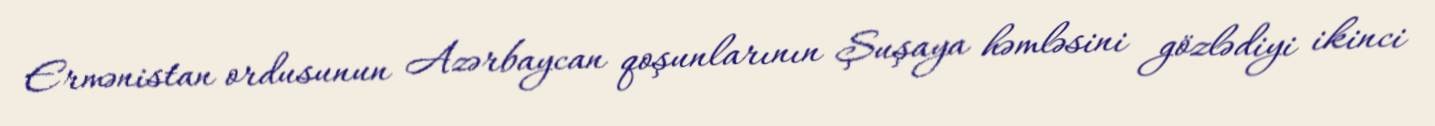
Ermənistan ordusunun Azərbaycan qoşunlarının Şuşaya həmləsini gözlədiyi ikinci